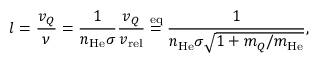
l = \frac { v _ { Q } } { \nu } = \frac { 1 } { n _ { \mathrm { H e } } \sigma } \frac { v _ { Q } } { v _ { \mathrm { r e l } } } \stackrel { \mathrm { e q } } { = } \frac { 1 } { n _ { \mathrm { H e } } \sigma \sqrt { 1 + m _ { Q } / m _ { \mathrm { H e } } } } ,